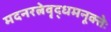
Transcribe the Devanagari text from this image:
मदनरत्नेवृद्धमनूक्तेः